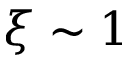
\xi \sim 1